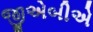
જીએબીએ